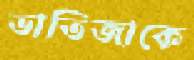
ভাতিজাকে